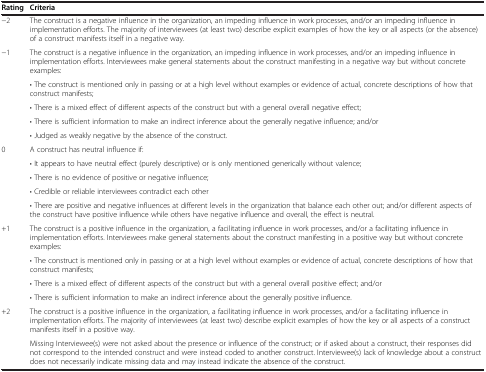
<table><thead><tr><td><b>Rating</b></td><td><b>Criteria</b></td></tr></thead><tbody><tr><td>−2</td><td>The construct is a negative influence in the organization, an impeding influence in work processes, and/or an impeding influence in implementation efforts. The majority of interviewees (at least two) describe explicit examples of how the key or all aspects (or the absence) of a construct manifests itself in a negative way.</td></tr><tr><td rowspan="5">−1</td><td>The construct is a negative influence in the organization, an impeding influence in work processes, and/or an impeding influence in implementation efforts. Interviewees make general statements about the construct manifesting in a negative way but without concrete examples:</td></tr><tr><td>• The construct is mentioned only in passing or at a high level without examples or evidence of actual, concrete descriptions of how that construct manifests;</td></tr><tr><td>• There is a mixed effect of different aspects of the construct but with a general overall negative effect;</td></tr><tr><td>• There is sufficient information to make an indirect inference about the generally negative influence; and/or</td></tr><tr><td>• Judged as weakly negative by the absence of the construct.</td></tr><tr><td rowspan="5">0</td><td>A construct has neutral influence if:</td></tr><tr><td>• It appears to have neutral effect (purely descriptive) or is only mentioned generically without valence;</td></tr><tr><td>• There is no evidence of positive or negative influence;</td></tr><tr><td>• Credible or reliable interviewees contradict each other</td></tr><tr><td>• There are positive and negative influences at different levels in the organization that balance each other out; and/or different aspects of the construct have positive influence while others have negative influence and overall, the effect is neutral.</td></tr><tr><td rowspan="4">+1</td><td>The construct is a positive influence in the organization, a facilitating influence in work processes, and/or a facilitating influence in implementation efforts. Interviewees make general statements about the construct manifesting in a positive way but without concrete examples:</td></tr><tr><td>• The construct is mentioned only in passing or at a high level without examples or evidence of actual, concrete descriptions of how that construct manifests;</td></tr><tr><td>• There is a mixed effect of different aspects of the construct but with a general overall positive effect; and/or</td></tr><tr><td>• There is sufficient information to make an indirect inference about the generally positive influence.</td></tr><tr><td>+2</td><td>The construct is a positive influence in the organization, a facilitating influence in work processes, and/or a facilitating influence in implementation efforts. The majority of interviewees (at least two) describe explicit examples of how the key or all aspects of a construct manifests itself in a positive way.</td></tr><tr><td> </td><td>Missing Interviewee(s) were not asked about the presence or influence of the construct; or if asked about a construct, their responses did not correspond to the intended construct and were instead coded to another construct. Interviewee(s) lack of knowledge about a construct does not necessarily indicate missing data and may instead indicate the absence of the construct.</td></tr></tbody></table>